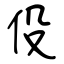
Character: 伇